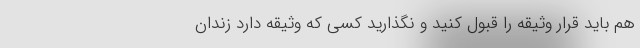
هم باید قرار وثیقه را قبول کنید و نگذارید کسی که وثیقه دارد زندان